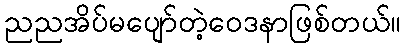
ညညအိပ်မပျော်တဲ့ဝေဒနာဖြစ်တယ်။